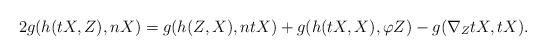
\begin{align*}2g(h(tX,Z), nX)=g(h(Z, X), ntX)+g(h(tX, X), \varphi Z)-g(\nabla_{Z}tX, tX).\end{align*}